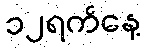
၁၂ရက်နေ့